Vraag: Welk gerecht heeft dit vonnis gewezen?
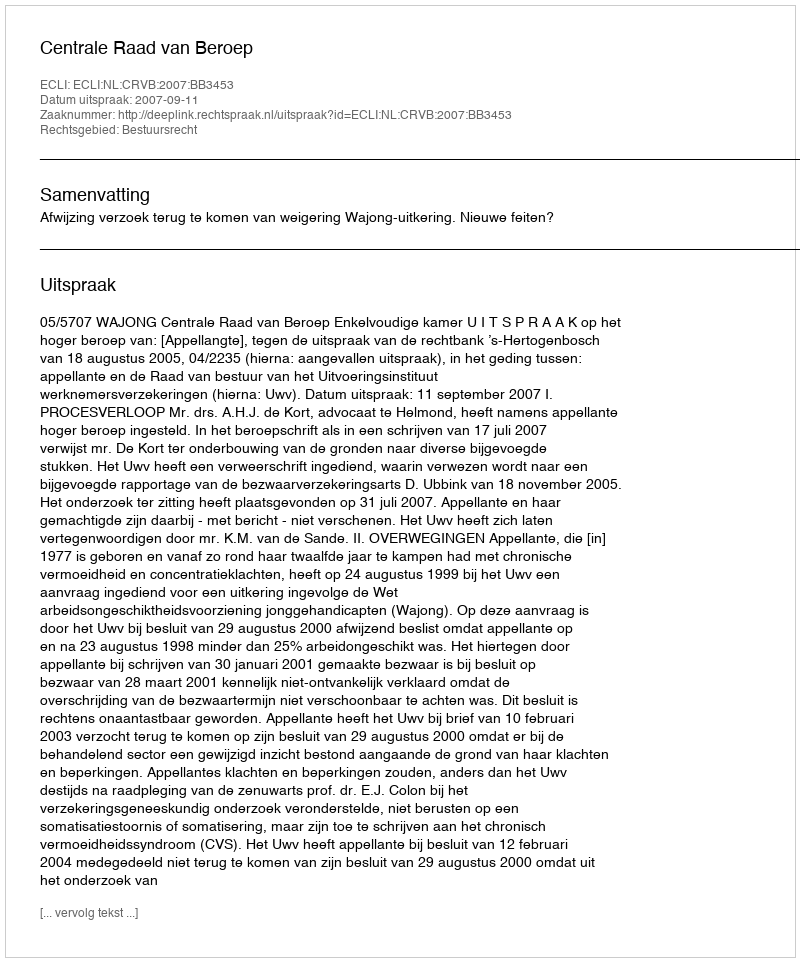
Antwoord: Centrale Raad van Beroep